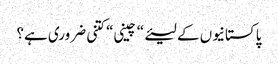
پاکستانیوں کے لیئے“ چینی“ کتنی ضروری ہے؟